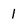
Character: 1